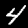
Label: 4